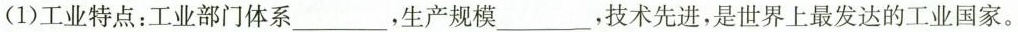
(1)工业特点：工业部门体系___，生产规模___，技术先进，是世界上最发达的工业国家。